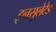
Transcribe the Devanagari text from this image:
इनसुलेटेड